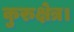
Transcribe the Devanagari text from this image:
कुरुक्षेत्र।